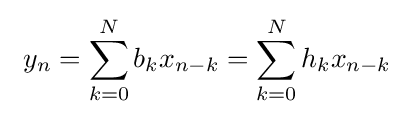
\ y_{n}=\sum _{k=0}^{N}b_{k}x_{n-k}=\sum _{k=0}^{N}h_{k}x_{n-k}